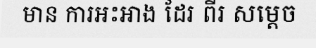
មាន ការអះអាង ដែរ ពីរ សម្តេច